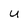
Character: U